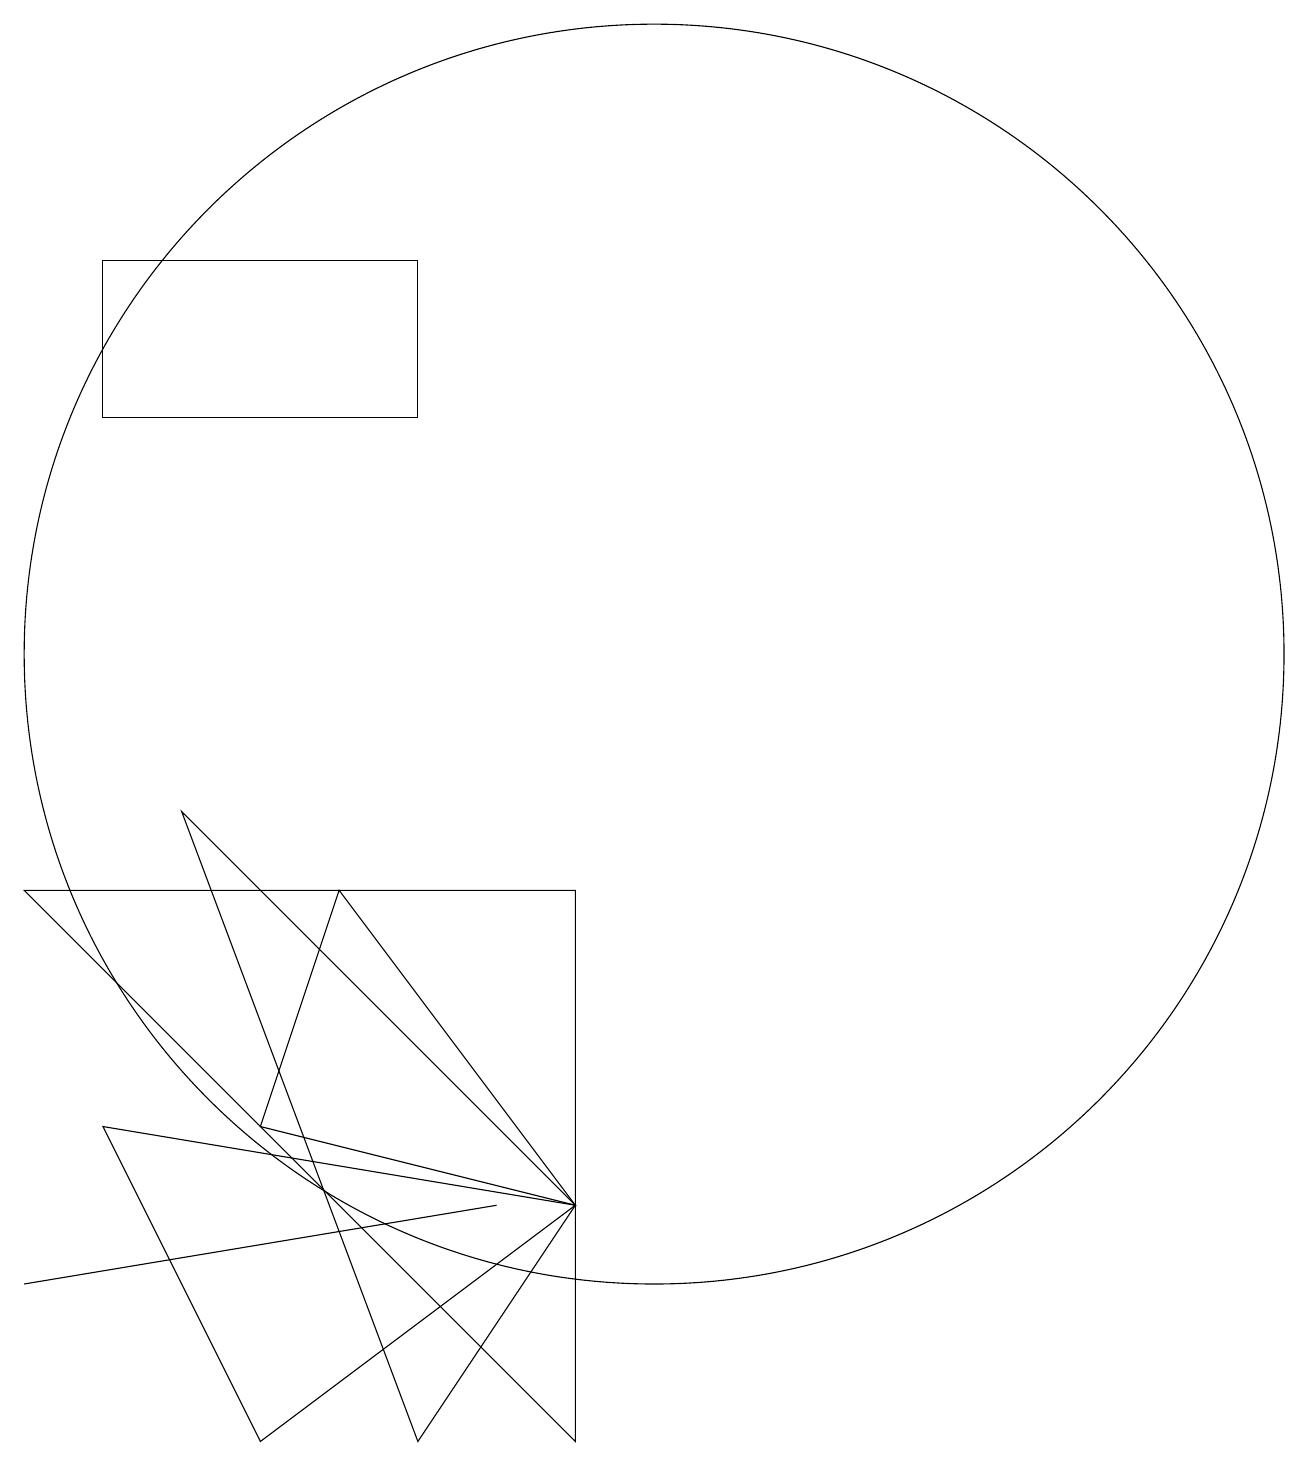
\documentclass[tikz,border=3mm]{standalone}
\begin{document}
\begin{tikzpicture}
\draw (10,10) circle (8);
\draw (8,3) -- (2,2) -- (2,2) -- cycle;
\draw (7,15) rectangle (3,13);
\draw (9,7) -- (2,7) -- (9,0) -- cycle;
\draw (4,8) -- (7,0) -- (9,3) -- cycle;
\draw (3,4) -- (9,3) -- (5,0) -- cycle;
\draw (5,4) -- (9,3) -- (6,7) -- cycle;
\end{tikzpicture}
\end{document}